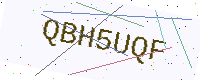
Text: QBH5UQF